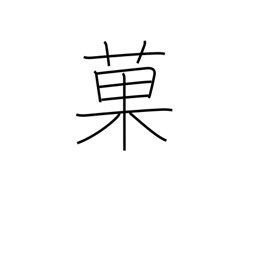
Meaning: cakes